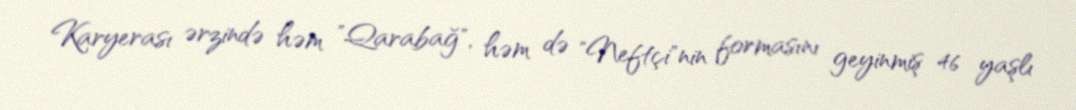
Karyerası ərzində həm "Qarabağ", həm də "Neftçi"nin formasını geyinmiş 46 yaşlı